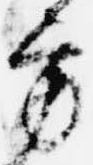
方